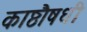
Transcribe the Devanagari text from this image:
काष्ठौषधी